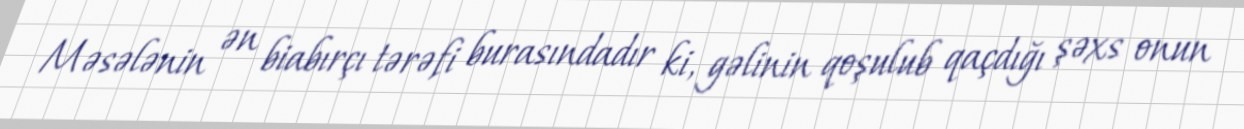
Məsələnin ən biabırçı tərəfi burasındadır ki, gəlinin qoşulub qaçdığı şəxs onun